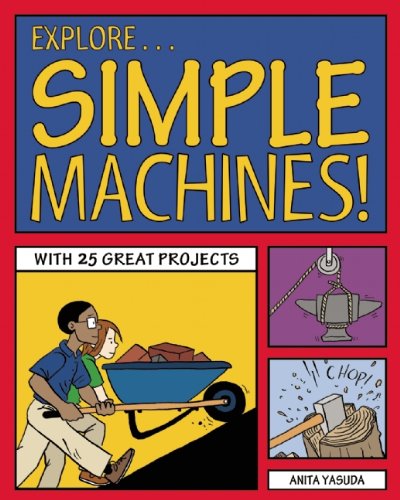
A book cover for Explore Simple Machines!: With 25 Great Projects (Explore Your World); Anita Yasuda; Children's Books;